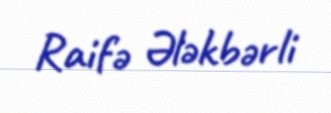
Raifə Ələkbərli